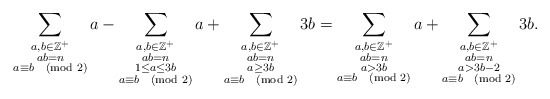
\begin{align*}\sum_{\substack{a,b\in \mathbb{Z}^+\\ ab=n\\a\equiv b \pmod{2}}} a- \sum_{\substack{ a,b\in\mathbb{Z}^+\\ ab=n\\ 1\leq a\leq 3b\\a\equiv b \pmod{2}}} a+ \sum_{\substack{a,b\in\mathbb{Z}^+\\ ab=n\\ a\geq 3b\\a \equiv b \pmod{2}}} 3b=\sum_{\substack{a,b\in\mathbb{Z}^+\\ab=n\\a>3b\\a\equiv b \pmod{2}}} a+ \sum_{\substack{a,b\in\mathbb{Z}^+\\ab=n\\a>3b-2\\a\equiv b \pmod{2}}} 3b.\end{align*}